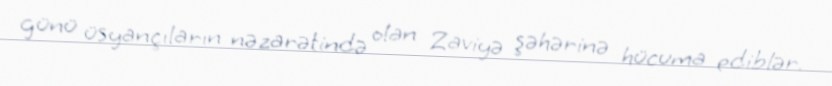
günü üsyançıların nəzarətində olan Zaviyə şəhərinə hücuma ediblər.